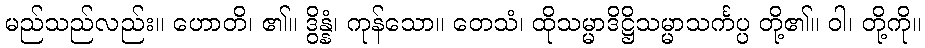
မည်သည်လည်း။ ဟောတိ၊ ၏။ ဒွိန္နံ၊ ကုန်သော။ တေသံ၊ ထိုသမ္မာဒိဋ္ဌိသမ္မာသင်္ကပ္ပ တို့၏။ ဝါ၊ တို့ကို။